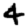
Digit: 4